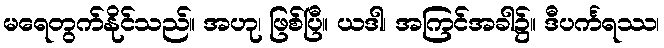
မရေတွက်နိုင်သည်။ အဟု၊ ဖြစ်ပြီ။ ယဒါ၊ အကြင်အခါ၌။ ဒီပင်္ကရဿ၊